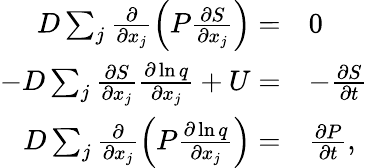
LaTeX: \begin{array}{rl}{D\sum_{j}\frac{\partial}{\partial x_{j}}\left(P\frac{\partial S}{\partial x_{j}}\right)=}&{0}\\ {-D\sum_{j}\frac{\partial S}{\partial x_{j}}\frac{\partial\ln q}{\partial x_{j}}+U=}&{-\frac{\partial S}{\partial t}}\\ {D\sum_{j}\frac{\partial}{\partial x_{j}}\left(P\frac{\partial\ln q}{\partial x_{j}}\right)=}&{\frac{\partial P}{\partial t},}\end{array}